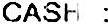
CASH :